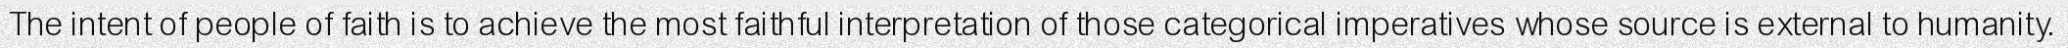
The intent of people of faith is to achieve the most faithful interpretation of those categorical imperatives whose source is external to humanity.